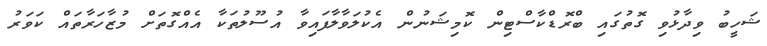
ޝަހީބު ވިދާޅުވި ގޮތުގައި ބްރޮޑްކާސްޓިން ކޮމިޝަނުން އެކުލަވާލާފައިވާ އުސޫލުތަކާ އެއްގޮތަށް މުޒާހަރާތައް ކަވަރު